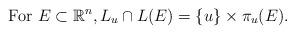
LaTeX: \begin{align*}\mbox{ For } E \subset \mathbb{R}^n, L_u \cap L(E) = \{u\}\times\pi_u(E).\end{align*}